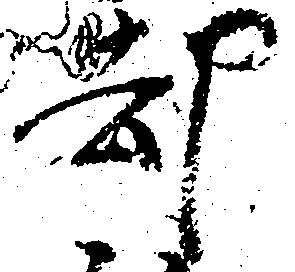
却